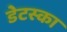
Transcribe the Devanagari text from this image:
डेटस्का